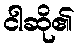
ငါဆို၏